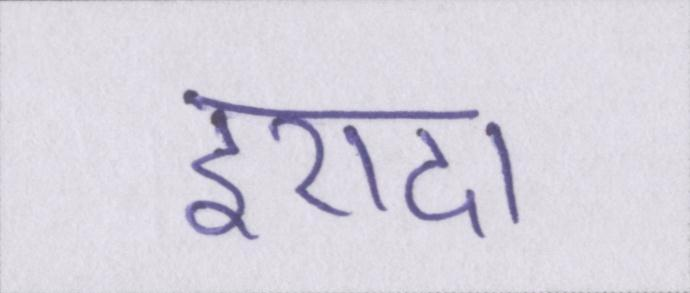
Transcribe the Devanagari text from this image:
इरादा